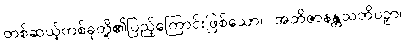
တစ်ဆယ့်တစ်ခုတို့၏ပြည့်ကြောင်းဖြစ်သော။ အဘိဇာနန္တသတိပဉှာ၊